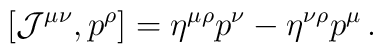
[{\cal J}^{\mu \nu} , p^{\rho}] = \eta^{\mu \rho} p^\nu - \eta^{\nu  \rho} p^\mu \,.